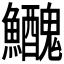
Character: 𩽤